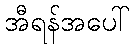
အီရန်အပေါ်